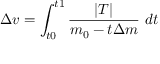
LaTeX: \Delta v = \int _ { t 0 } ^ { t 1 } { \frac { | T | } { { m _ { 0 } } - { t } \Delta { m } } } ~ d t